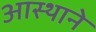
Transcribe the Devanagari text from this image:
आस्थाने